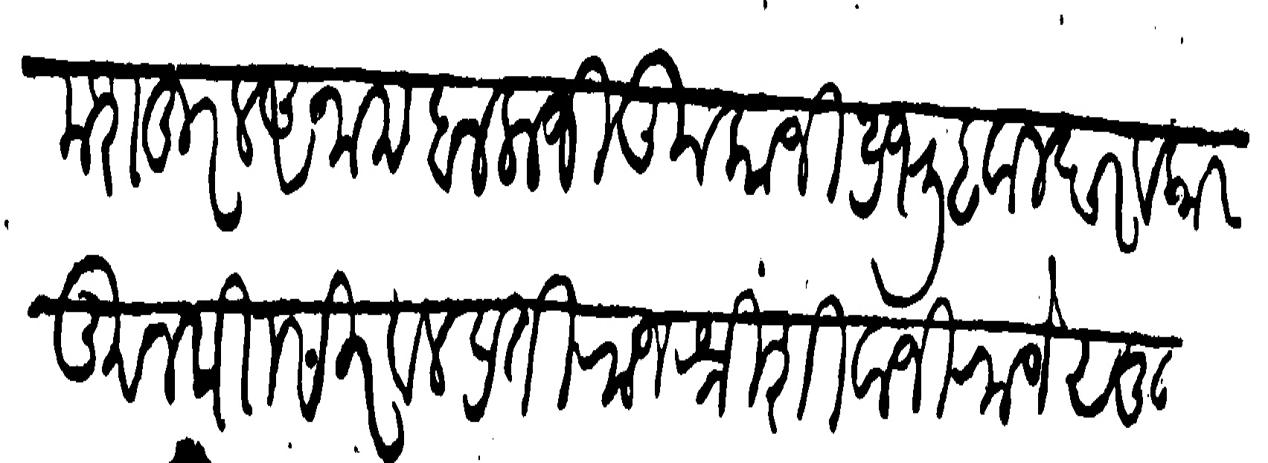
Transliteration (Devanagari): मशहुरल अनाम बालाजी कुकाजी प्रभू हवालदार व कारकून पाा सिरवल प्रती राजश्री शिवाजीराजे सुहरसन